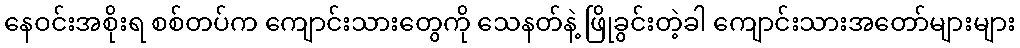
နေဝင်းအစိုးရ စစ်တပ်က ကျောင်းသားတွေကို သေနတ်နဲ့ ဖြိုခွင်းတဲ့ခါ ကျောင်းသားအတော်များများ